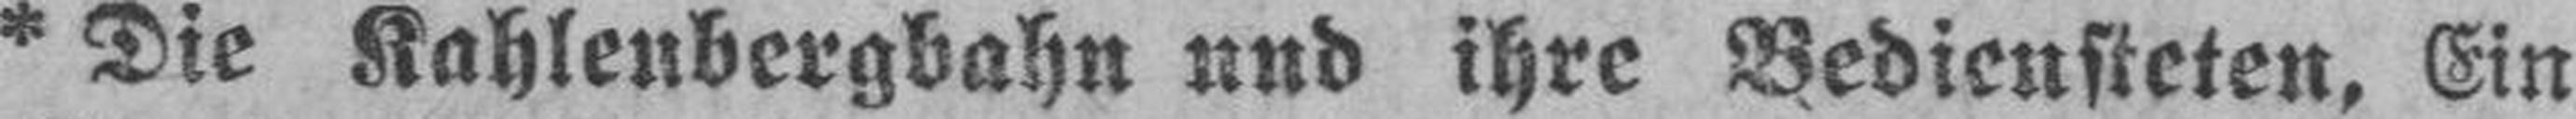
* Die Kahlenbergbahn und ihre Bediensteten, Ein